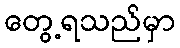
တွေ့ရသည်မှာ